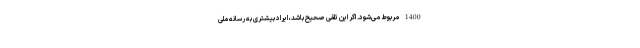
1400 مربوط می‌شود. اگر این تلقی صحیح باشد، ایراد بیشتری به رسانه ملی